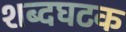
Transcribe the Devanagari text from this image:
शब्दघटक